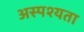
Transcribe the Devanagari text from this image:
अस्पश्यता